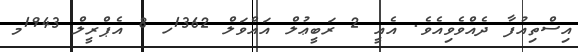
އިސްތިއުފާ ދެއްވެވިއެވެ. އެއީ 2 ރަބީޢުލް އައްވަލް 1362ހ 8 އެޕްރީލް 1943މ